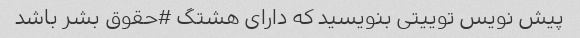
پیش نویس توییتی بنویسید که دارای هشتگ #حقوق بشر باشد